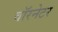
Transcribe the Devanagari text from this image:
वॉरनेटर